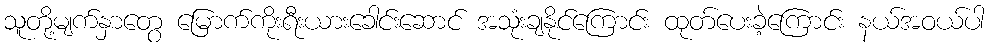
သူတို့မျက်နှာတွေ မြောက်ကိုးရီးယားခေါင်းဆောင် အသုံးချနိုင်ကြောင်း ထုတ်ပေးခဲ့ကြောင်း နယ်အဝယ်ပါ